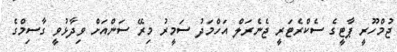
ޖުމްހޫރީ ޕާޓީގެ ސެކްރެޓަރީ ޖެނެރަލް އަހްމަދު ސަމީރު މިރޭ ސަންއަށް ވިދާޅުވީ ގާސިމްގެ